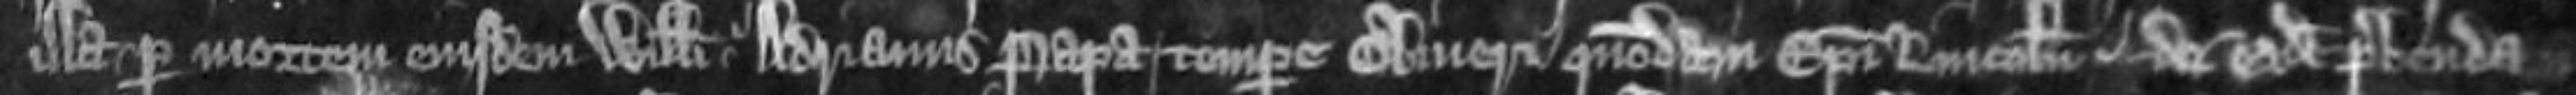
illa per mortem eiusdem Willelmi Adrianus Papa tempore Oliveri quondam episcopi Lincolniensis de eadem prebenda